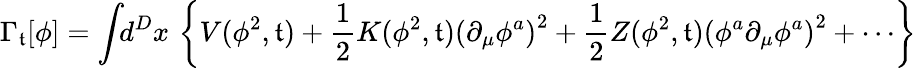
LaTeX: \Gamma_{\mathfrak{t}}[\phi]=\int\! \! d^{D}x\, \left\{ V(\phi^{2},\mathfrak{t})+\frac{{1}}{{2}}K(\phi^{2},\mathfrak{t})\left(\partial_{\mu}\phi^{a}\right)^{2}+\frac{{1}}{{2}}Z(\phi^{2},\mathfrak{t})\left(\phi^{a}\partial_{\mu}\phi^{a}\right)^{2}+\cdots\right\}